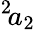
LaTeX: ^{2}\! a_{2}